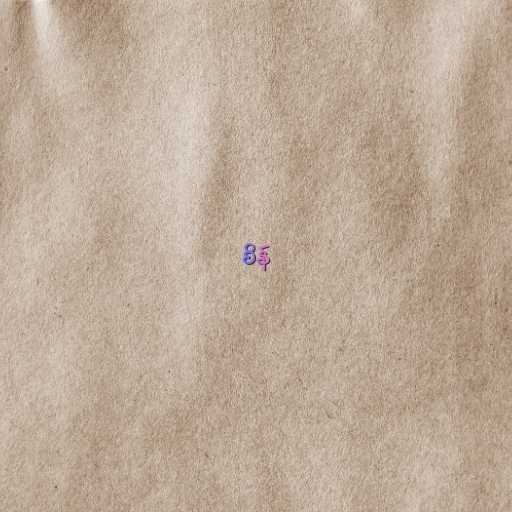
စိန်